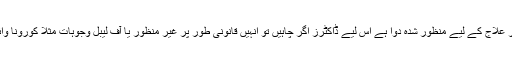
ایف ڈی اے نے یہ بھی واضح کیا کہ کلوکوئن کسی اور علاج کے لیے منظور شدہ دوا ہے اس لیے ڈاکٹرز اگر چاہیں تو انہیں قانونی طور پر غیر منظور یا آف لیبل وجوہات مثلاً کورونا وائرس کے علاج کے لیے تجویز کرنے کی اجازت ہے۔